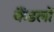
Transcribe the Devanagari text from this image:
कैंडलों